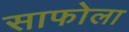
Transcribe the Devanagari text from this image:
साफोला